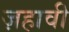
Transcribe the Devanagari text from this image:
ज़हावी